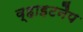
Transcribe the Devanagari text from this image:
व्हाइटनैप